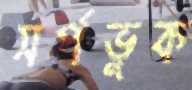
সর্পভুক